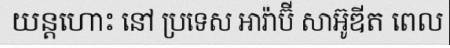
យន្តហោះ នៅ ប្រទេស អារ៉ាប៊ី សាអ៊ូឌីត ពេល